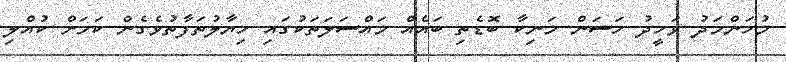
މުހަންމަދު ވަހީދު ހަސަން މަނިކާ ބޮޑެތި ބައެއް މައްސަލަތަކުގައި ހިޔާލުތަފާތުވެގެން ކަމަށް ކުއްލި